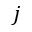
j